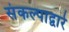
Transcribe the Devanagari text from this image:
संकल्पाद्वारे